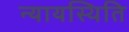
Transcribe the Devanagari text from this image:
न्यायस्थिति